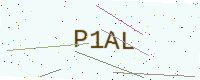
Text: P1AL